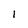
Character: 1